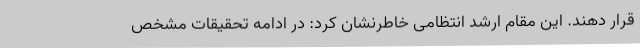
قرار دهند. این مقام ارشد انتظامی خاطرنشان کرد: در ادامه تحقیقات مشخص